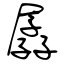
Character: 孱